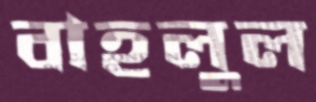
বাহলুল